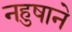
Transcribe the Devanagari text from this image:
नहुषाने